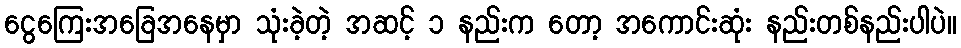
ငွေကြေးအခြေအနေမှာ သုံးခဲ့တဲ့ အဆင့် ၁ နည်းက တော့ အကောင်းဆုံး နည်းတစ်နည်းပါပဲ။